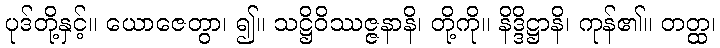
ပုဒ်တို့နှင့်။ ယောဇေတွာ၊ ၍။ သဋ္ဌိဝိဿဇ္ဇနာနိ၊ တို့ကို။ နိဒ္ဒိဋ္ဌာနိ၊ ကုန်၏။ တတ္ထ၊